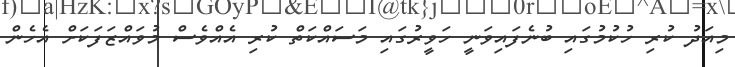
މިއަދު ކުރި ހުކުމުގައި ބުނެފައިވަނީ ހަވީރުގައި މަސައްކަތް ކުރި އެއްވެސް މުވައްޒަފަކަށް އެހެން